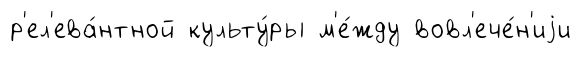
р'ел'ева́нтной культу́ры м'е́жду вовл'ече́н'иjи